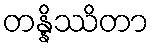
တန္နိဿိတာ